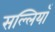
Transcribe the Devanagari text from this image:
सल्लियाँ